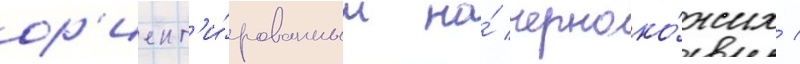
ор'иент'и́рованным на́ черноко́жих /